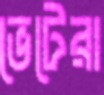
ভেটেরা